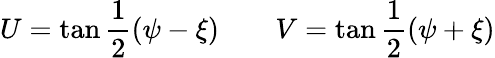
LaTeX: U=\tan\frac 12(\psi-\xi)\quad\quad V=\tan\frac 12(\psi+\xi)